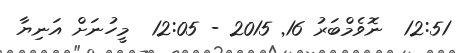
12:51  ނޮވެމްބަރު 16